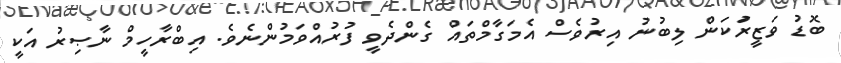
ބޮޑު ވަޒީރުަކަން ލިބުނު އިރުވެސް އެމަގާމްތައް ގެންދެވީ ފުރުއްވަމުންނެވެ. އިބްރާހީމް ނާޞިރު އަކީ